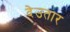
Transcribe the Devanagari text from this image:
देउतार